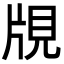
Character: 覑